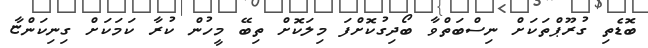
ބޮޑެތި ގުރޫޕްތަކަށް ނިސްބަތްވާ ބޯދިގުކޮށްފަ މިލަކޮށް ތިބޭ މީހުން ކުރާ ކަމަކަށް ގިނިކަންޏާ